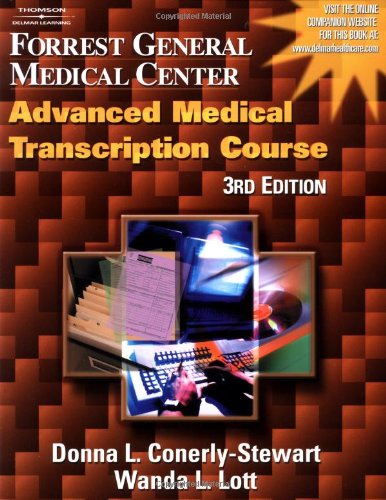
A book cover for Forrest General Medical Center Advanced Medical Transcription Course; Donna L Conerly-Stewart; Medical Books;